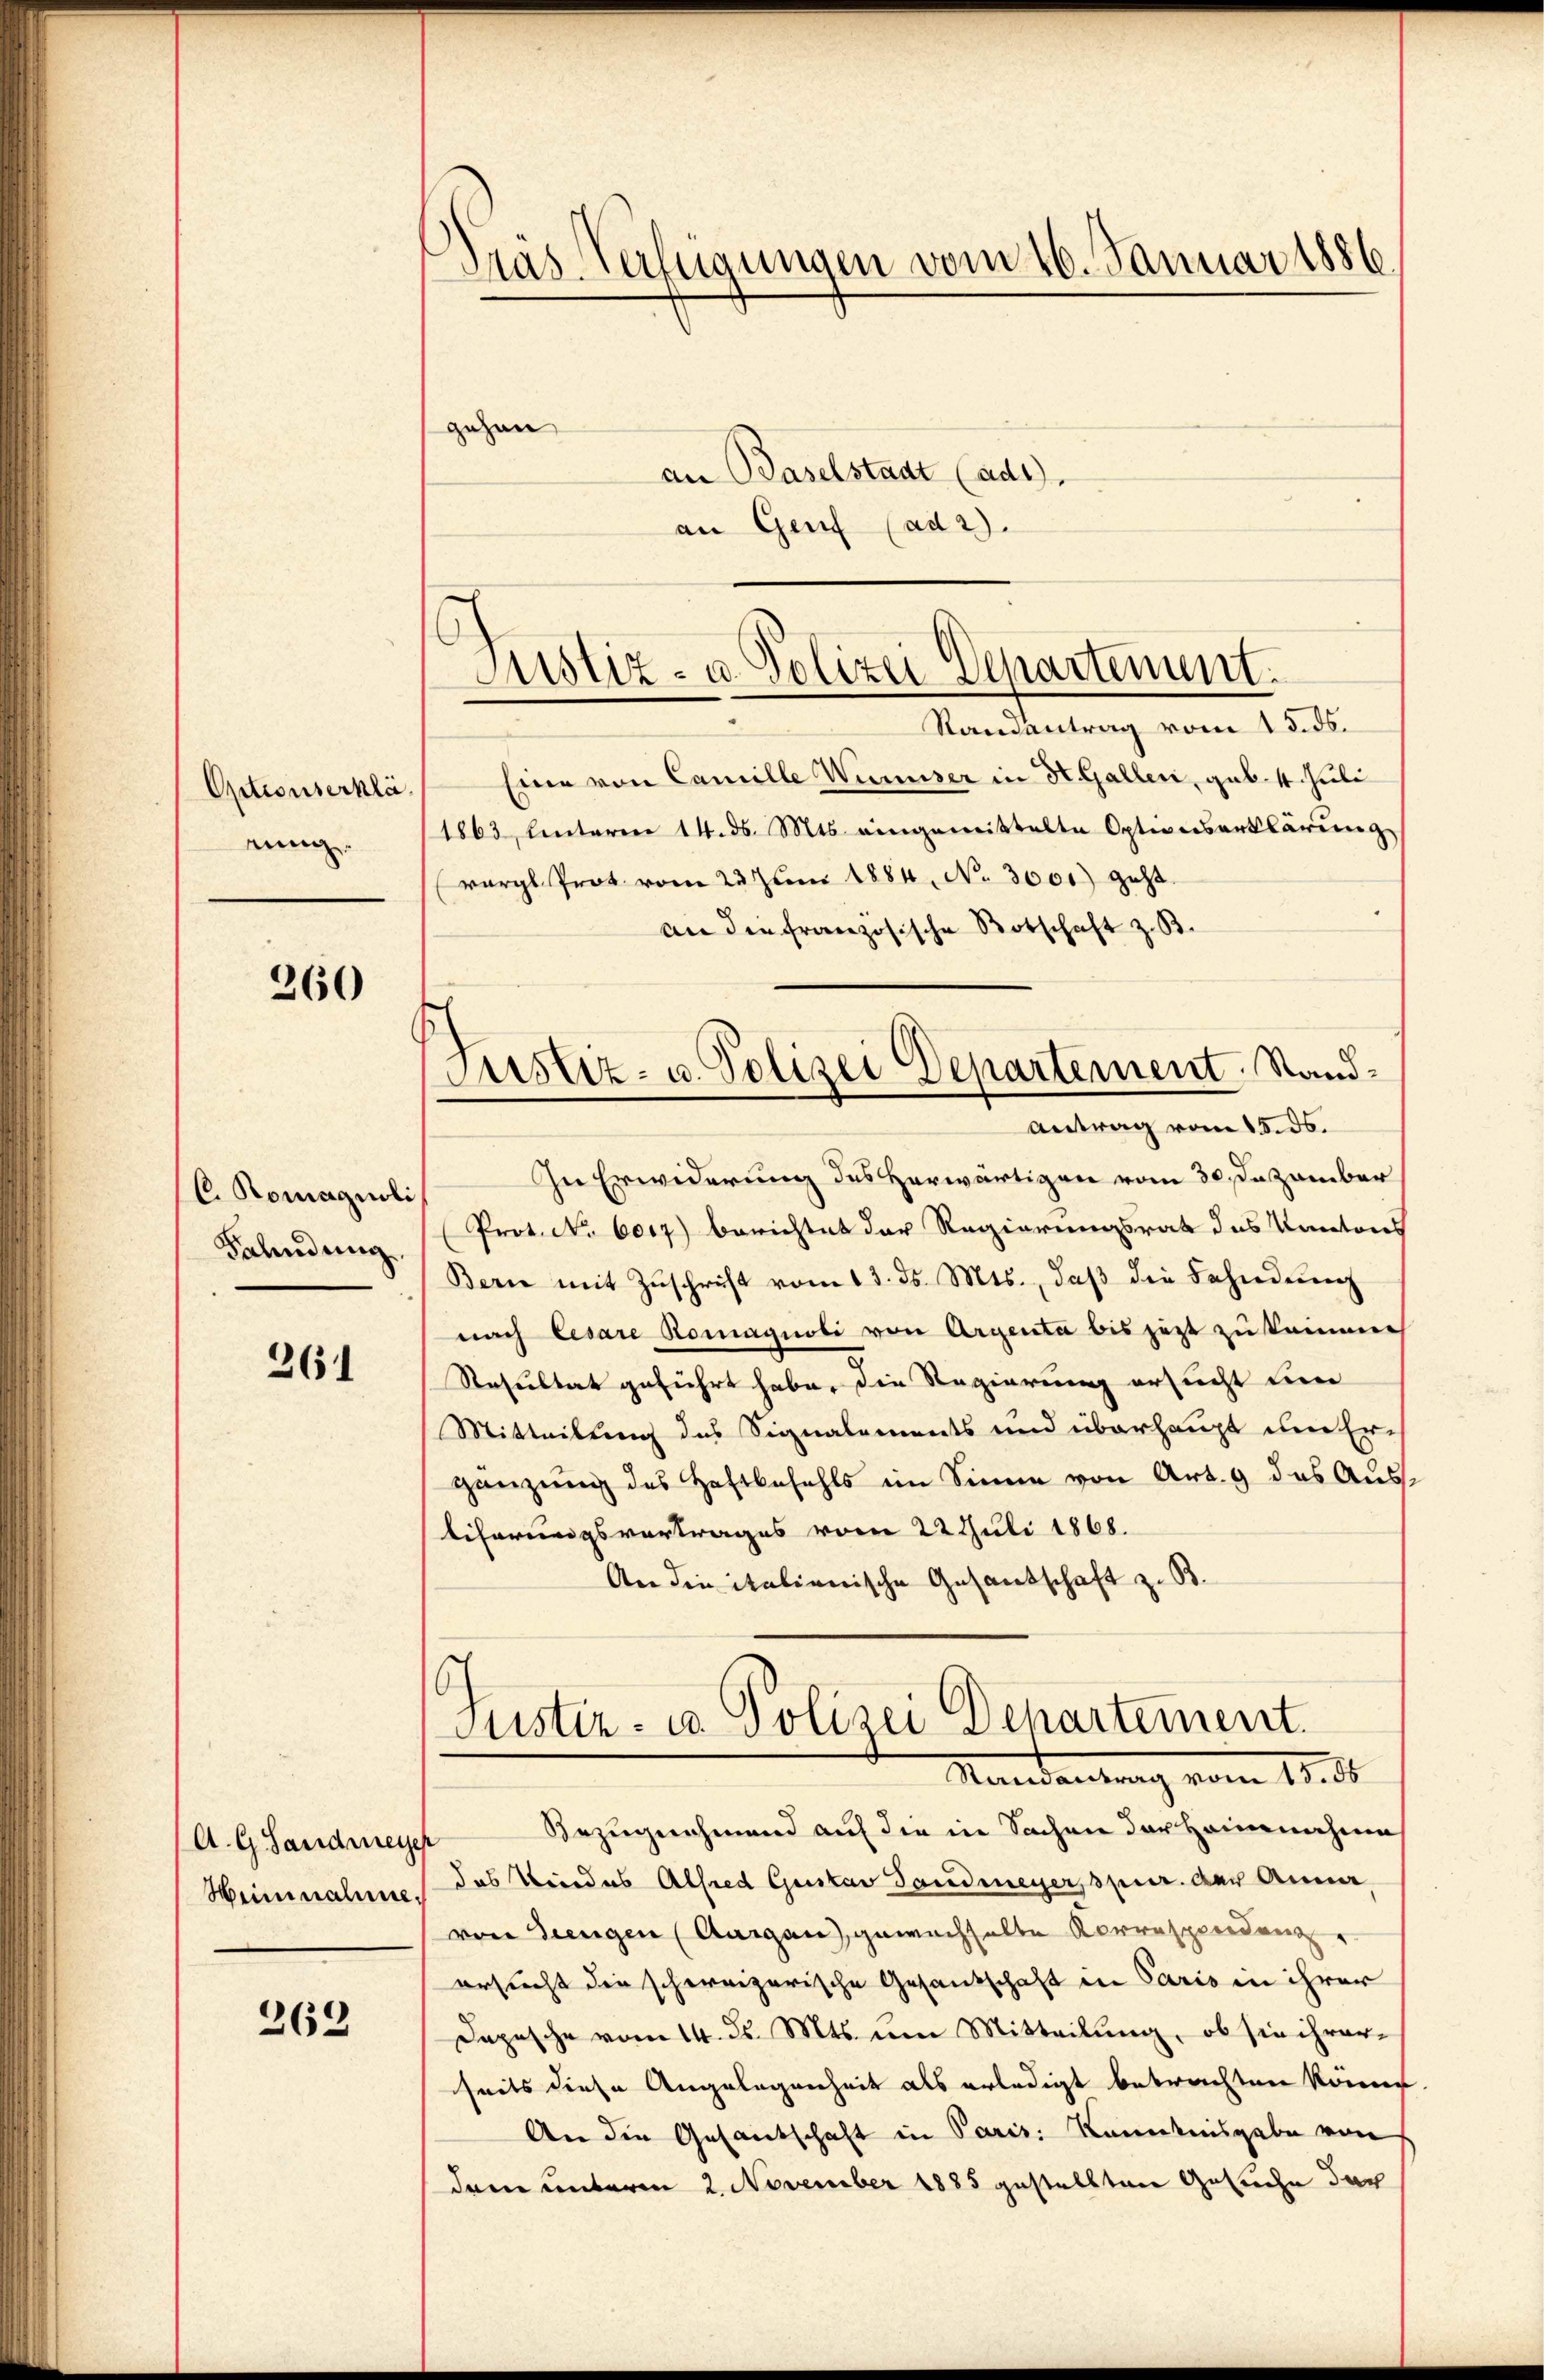
Optionserklä
einig

260

C. Romagnoli
Fahndung

261

A. G. Sandmeye
Heinnahme,

369

Präs. Verfügungen vom 26. Januar 1886
gehen

an Baselstadt (ad1.
an Genf (ad 2.

Justiz- u. Polizei Departement.

Justiz- u. Polizei Departement. Stand¬
Antrag vom 15. ds.

Randantrag vom 15. ds.
Eine von Camille Wunser in St. Gallen, geb. 4. Juli
1863, Unterm 14. ds. Mts. eingewittelte Optionserklärŭng
vergl. Prot vom 23. Jŭni 1884, No. 3001) geht.
an die französische Botschaft z. B.
In Erwiderung des Herwärtigen vom 30. Dezember
Prot. No. 6017) berichtet der Regierungsrat des Kantons
Bern mit Zŭschrift vom 13. ds. Mts., daβ die Fahndenz
nach Cesare Romagnoli von Argenta bis jezt zu kammen
Resultat geführt habe, die Regierung ersucht um
Mitteilung des Signalements und überhaupt der Ergänzung des Haftbefehls im Sinne von Art. 9 das Aus
liferungsvertrages vom 22 Juli 1868.
An die italienische Gesandschaft z. B.
Justiz- u. Polizei Departement.
Mandantrag vom 19. d.
Bezugnahmend auf die in Sachen der Heinnahme
das Kindes Alfred Gustav Sandmeyer, spier. Der Anna
von diengen (Aargau, gewachhalte Korrespendenzr
ersucht die schweizerische Gesandschaft in Paris in ihrer
Depesche vom 14. ds. Mts. um Mitteilung, ob sie ihrer-
seits diese Angelegenheit als erledigt betrachten könne.
An die Gesantschaft in Paris Kenntnisgabe von
dem unterm 2. November 1885 gestellten Gesuche dar